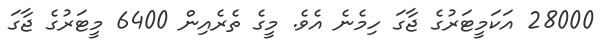
28000 އަކަމީޓަރުގެ ޖާގަ ހިމެނެ އެވެ. މީގެ ތެރެއިން 6400 މީޓަރުގެ ޖާގަ